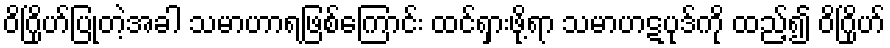
ဝိဂြိုဟ်ပြုတဲ့အခါ သမာဟာရဖြစ်ကြောင်း ထင်ရှားဖို့ရာ သမာဟဋပုဒ်ကို ထည့်၍ ဝိဂြိုဟ်